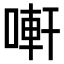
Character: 𠻃